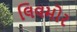
લિવમોર